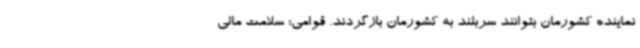
نماینده کشورمان بتوانند سربلند به کشورمان بازگردند. قوامی: سلامت مالی